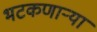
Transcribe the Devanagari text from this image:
भटकणार्‍या